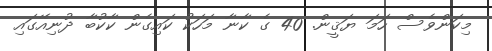
މިކަންވެސް ހަމަ ޔަޤީން. 40 ގެ ކާނާ މަހަކު ކައިގެން ކާކުބާ ދުނިއޭގައި